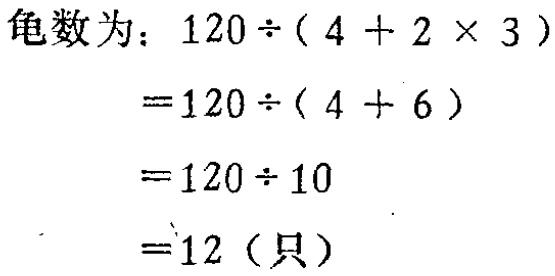
龟数为：\(120\div(4 + 2\times3)\)

\(=120\div(4 + 6)\)

\(=120\div10\)

\(=12\)（只）